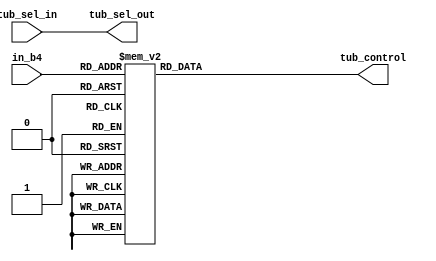
`timescale 1ns / 1ps
//////////////////////////////////////////////////////////////////////////////////
// Company: 
// Engineer: 
// 
// Design Name: 
// Module Name: tub
// Project Name: 
// Target Devices: 
// Tool Versions: 
// Description: 
// 
// Dependencies: 
// 
// Revision:
// Revision 0.01 - File Created
// Additional Comments:
// 
//////////////////////////////////////////////////////////////////////////////////


module tub(
    input [3:0] in_b4, 
    input tub_sel_in, 
    output tub_sel_out, 
    output reg [7:0] tub_control );
    assign tub_sel_out = tub_sel_in;
    //tub_control : = {a,b,c,b,e,f,g,"dot"}
    always @ * begin
        case(in_b4)
        4'b0000: tub_control = 8'b1111_1100; //"0" : abcdef_ _ 
        4'b0001: tub_control = 8'b0110_0000; //"1": _bc_ _ _ _ _ _ 
        4'b0010: tub_control = 8'b1101_1010; //"2": ab_de_g_ 
        4'b0011: tub_control = 8'b1111_0010; //"3": abcd_ _ g _ 
        4'b0100: tub_control = 8'b0110_0110; //"4": _bc _ _fg_ 
        4'b0101: tub_control = 8'b1011_0110; //"5": a_cd_fg_ 
        4'b0110: tub_control = 8'b1011_1110; //"6": a_cdefg_ 
        4'b0111: tub_control = 8'b1110_0000; //"7": abc_ _ _ _ _ 
        4'b1000: tub_control = 8'b1111_1110; //"8": abcdefg_ 
        4'b1001: tub_control = 8'b1110_0110; //"9": abc_ _ fg_ 
        4'b1111: tub_control = 8'b0000_0010; //"-": _ _ _ _ _ _ g _ 
        default: tub_control = 8'b1001_1110; //"E": a_ _ defg_
        endcase
    end
endmodule